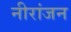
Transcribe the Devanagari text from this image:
नीरांजन